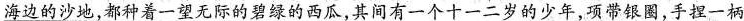
\underline{海边的沙地，都种着一望无际的碧绿的西瓜}，其间有一个十一二岁的少年，项带银圈，手捏一柄